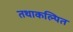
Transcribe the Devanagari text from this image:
तथाकल्पित